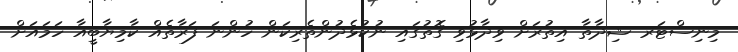
މިނިސްޓަރ ޝިދާތާ އިތުރަށް ވިދާޅުވި ގޮތުގައި ނުކުޅެދުންތެރިކަން ހުންނަ ފަރާތެއް ކާމިޔާބީއާ ހަމައަށް